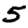
Digit: 5